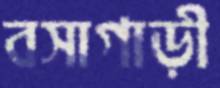
বসাগাড়ী